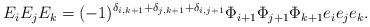
LaTeX: \begin{align*}\begin{aligned}E_iE_jE_k=(-1)^{\delta_{i,k+1}+\delta_{j,k+1}+\delta_{i,j+1}}\Phi_{i+1}\Phi_{j+1}\Phi_{k+1}e_ie_je_k. \end{aligned}\end{align*}